342_HS1-416511228_319.1 Flying Discs 1949
Agency: Department of War
Incident date: 1/9/50
Page 86
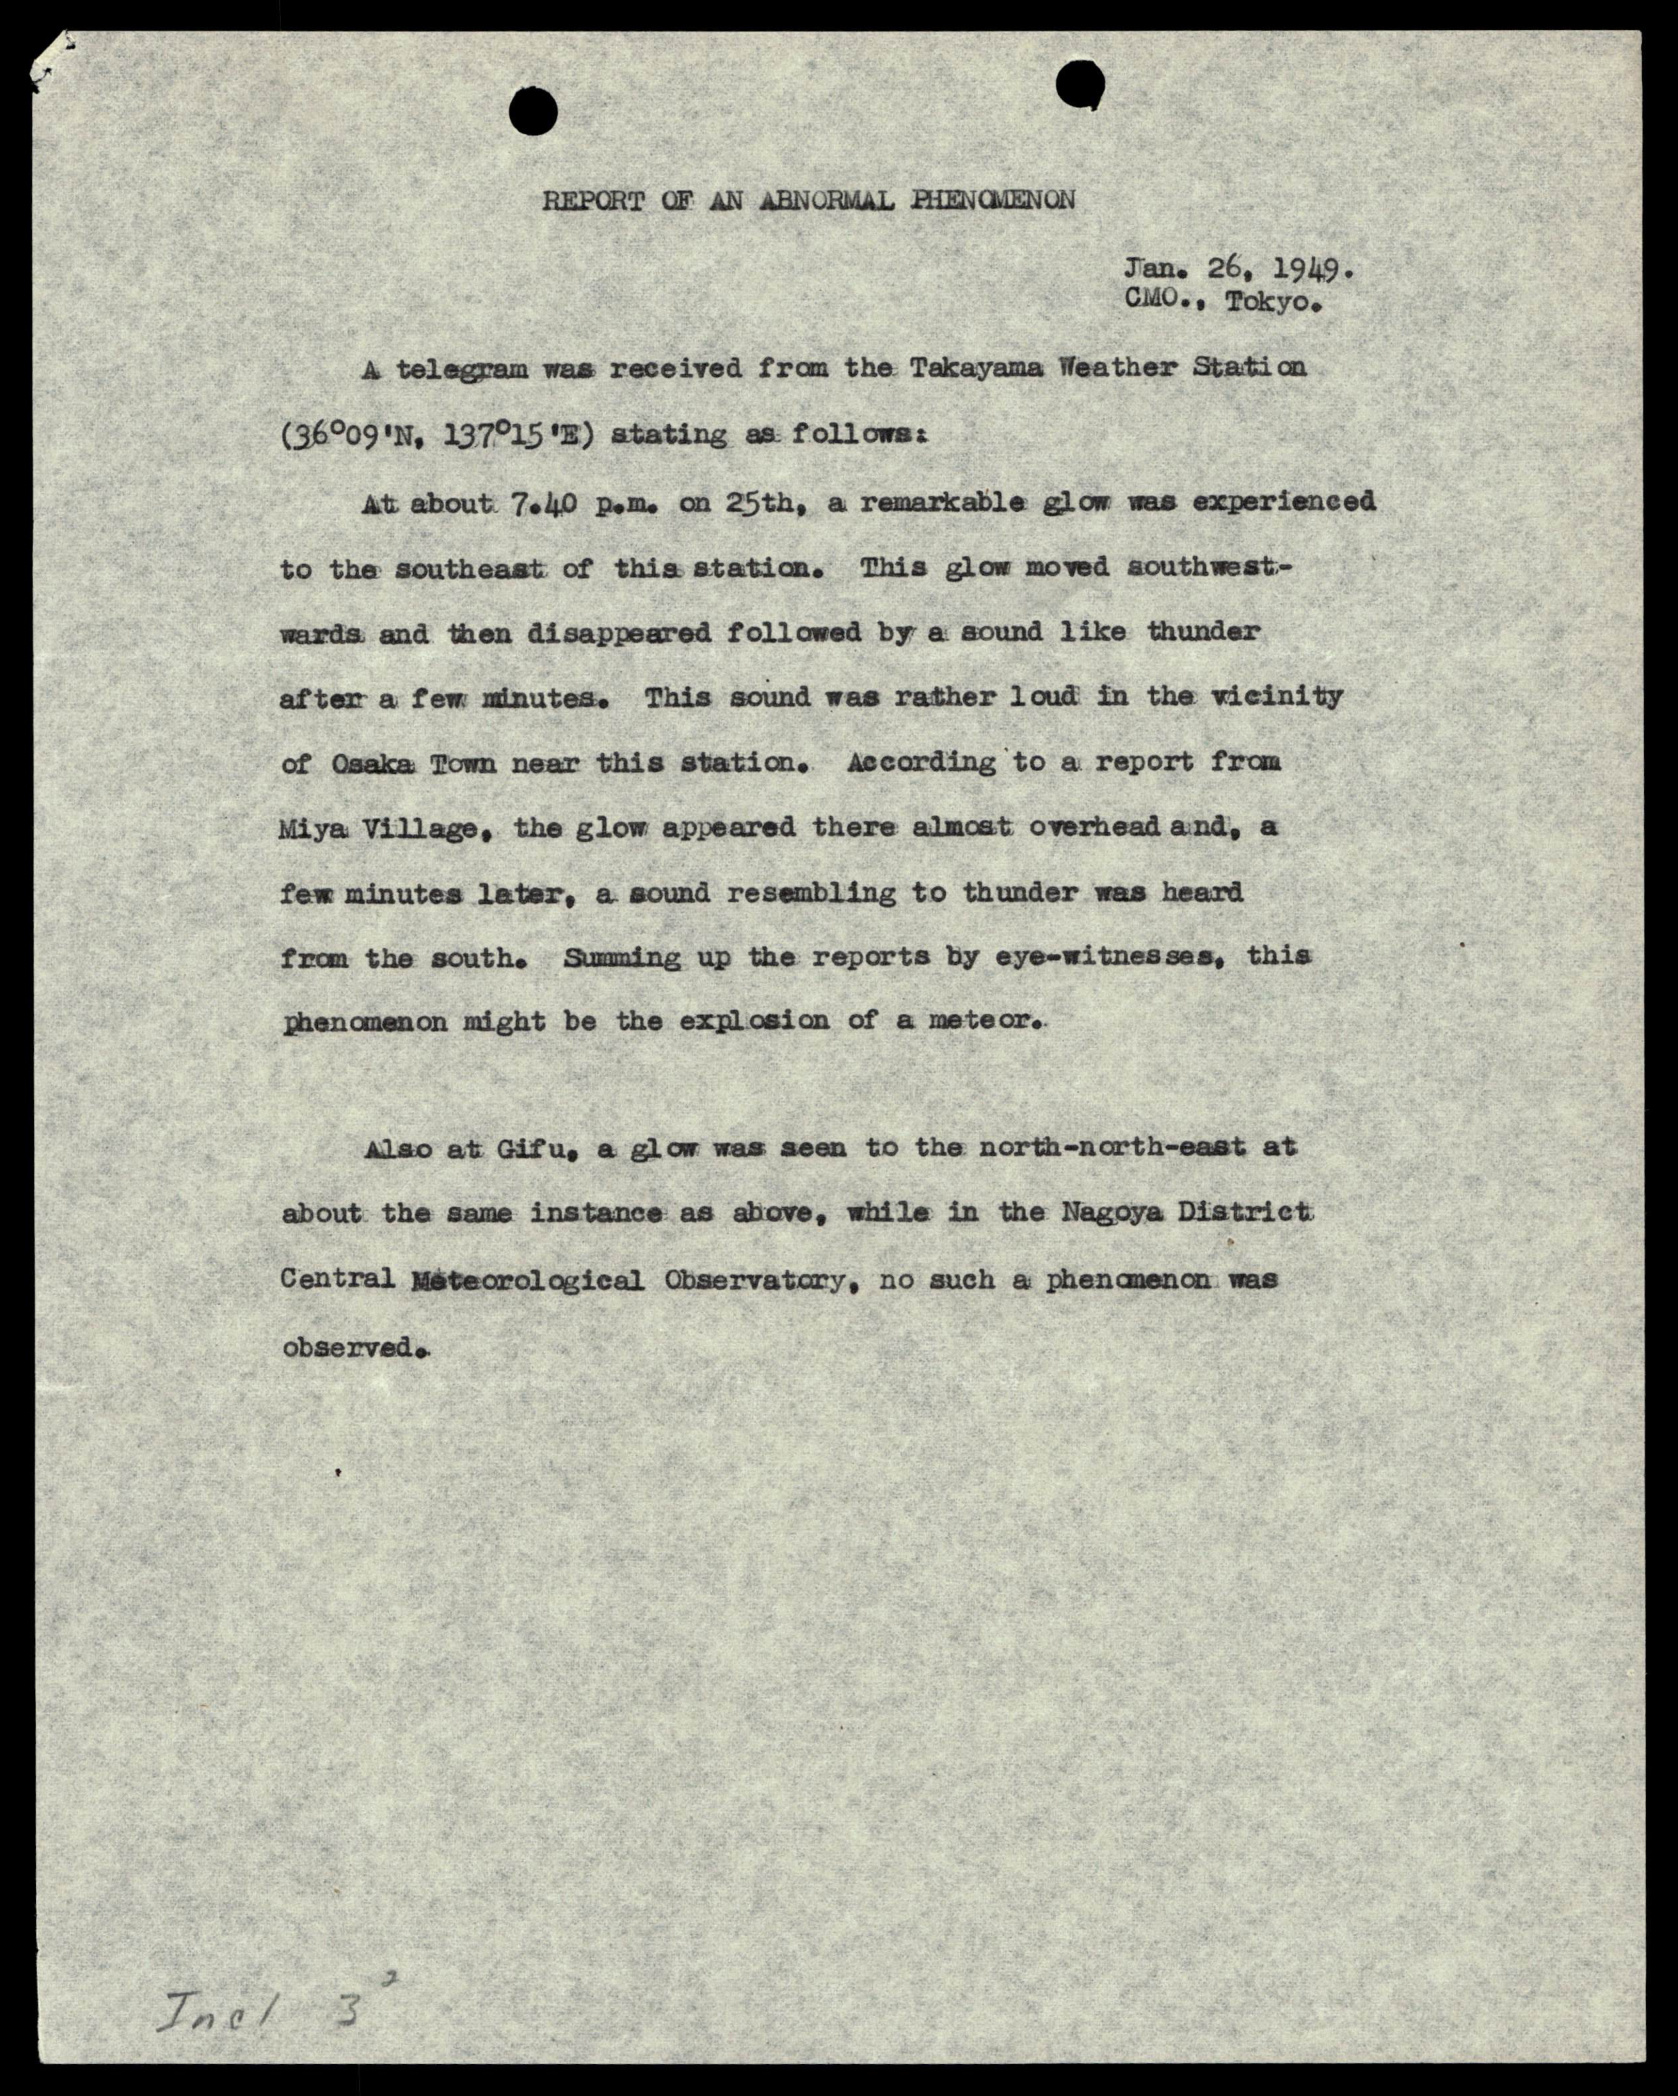